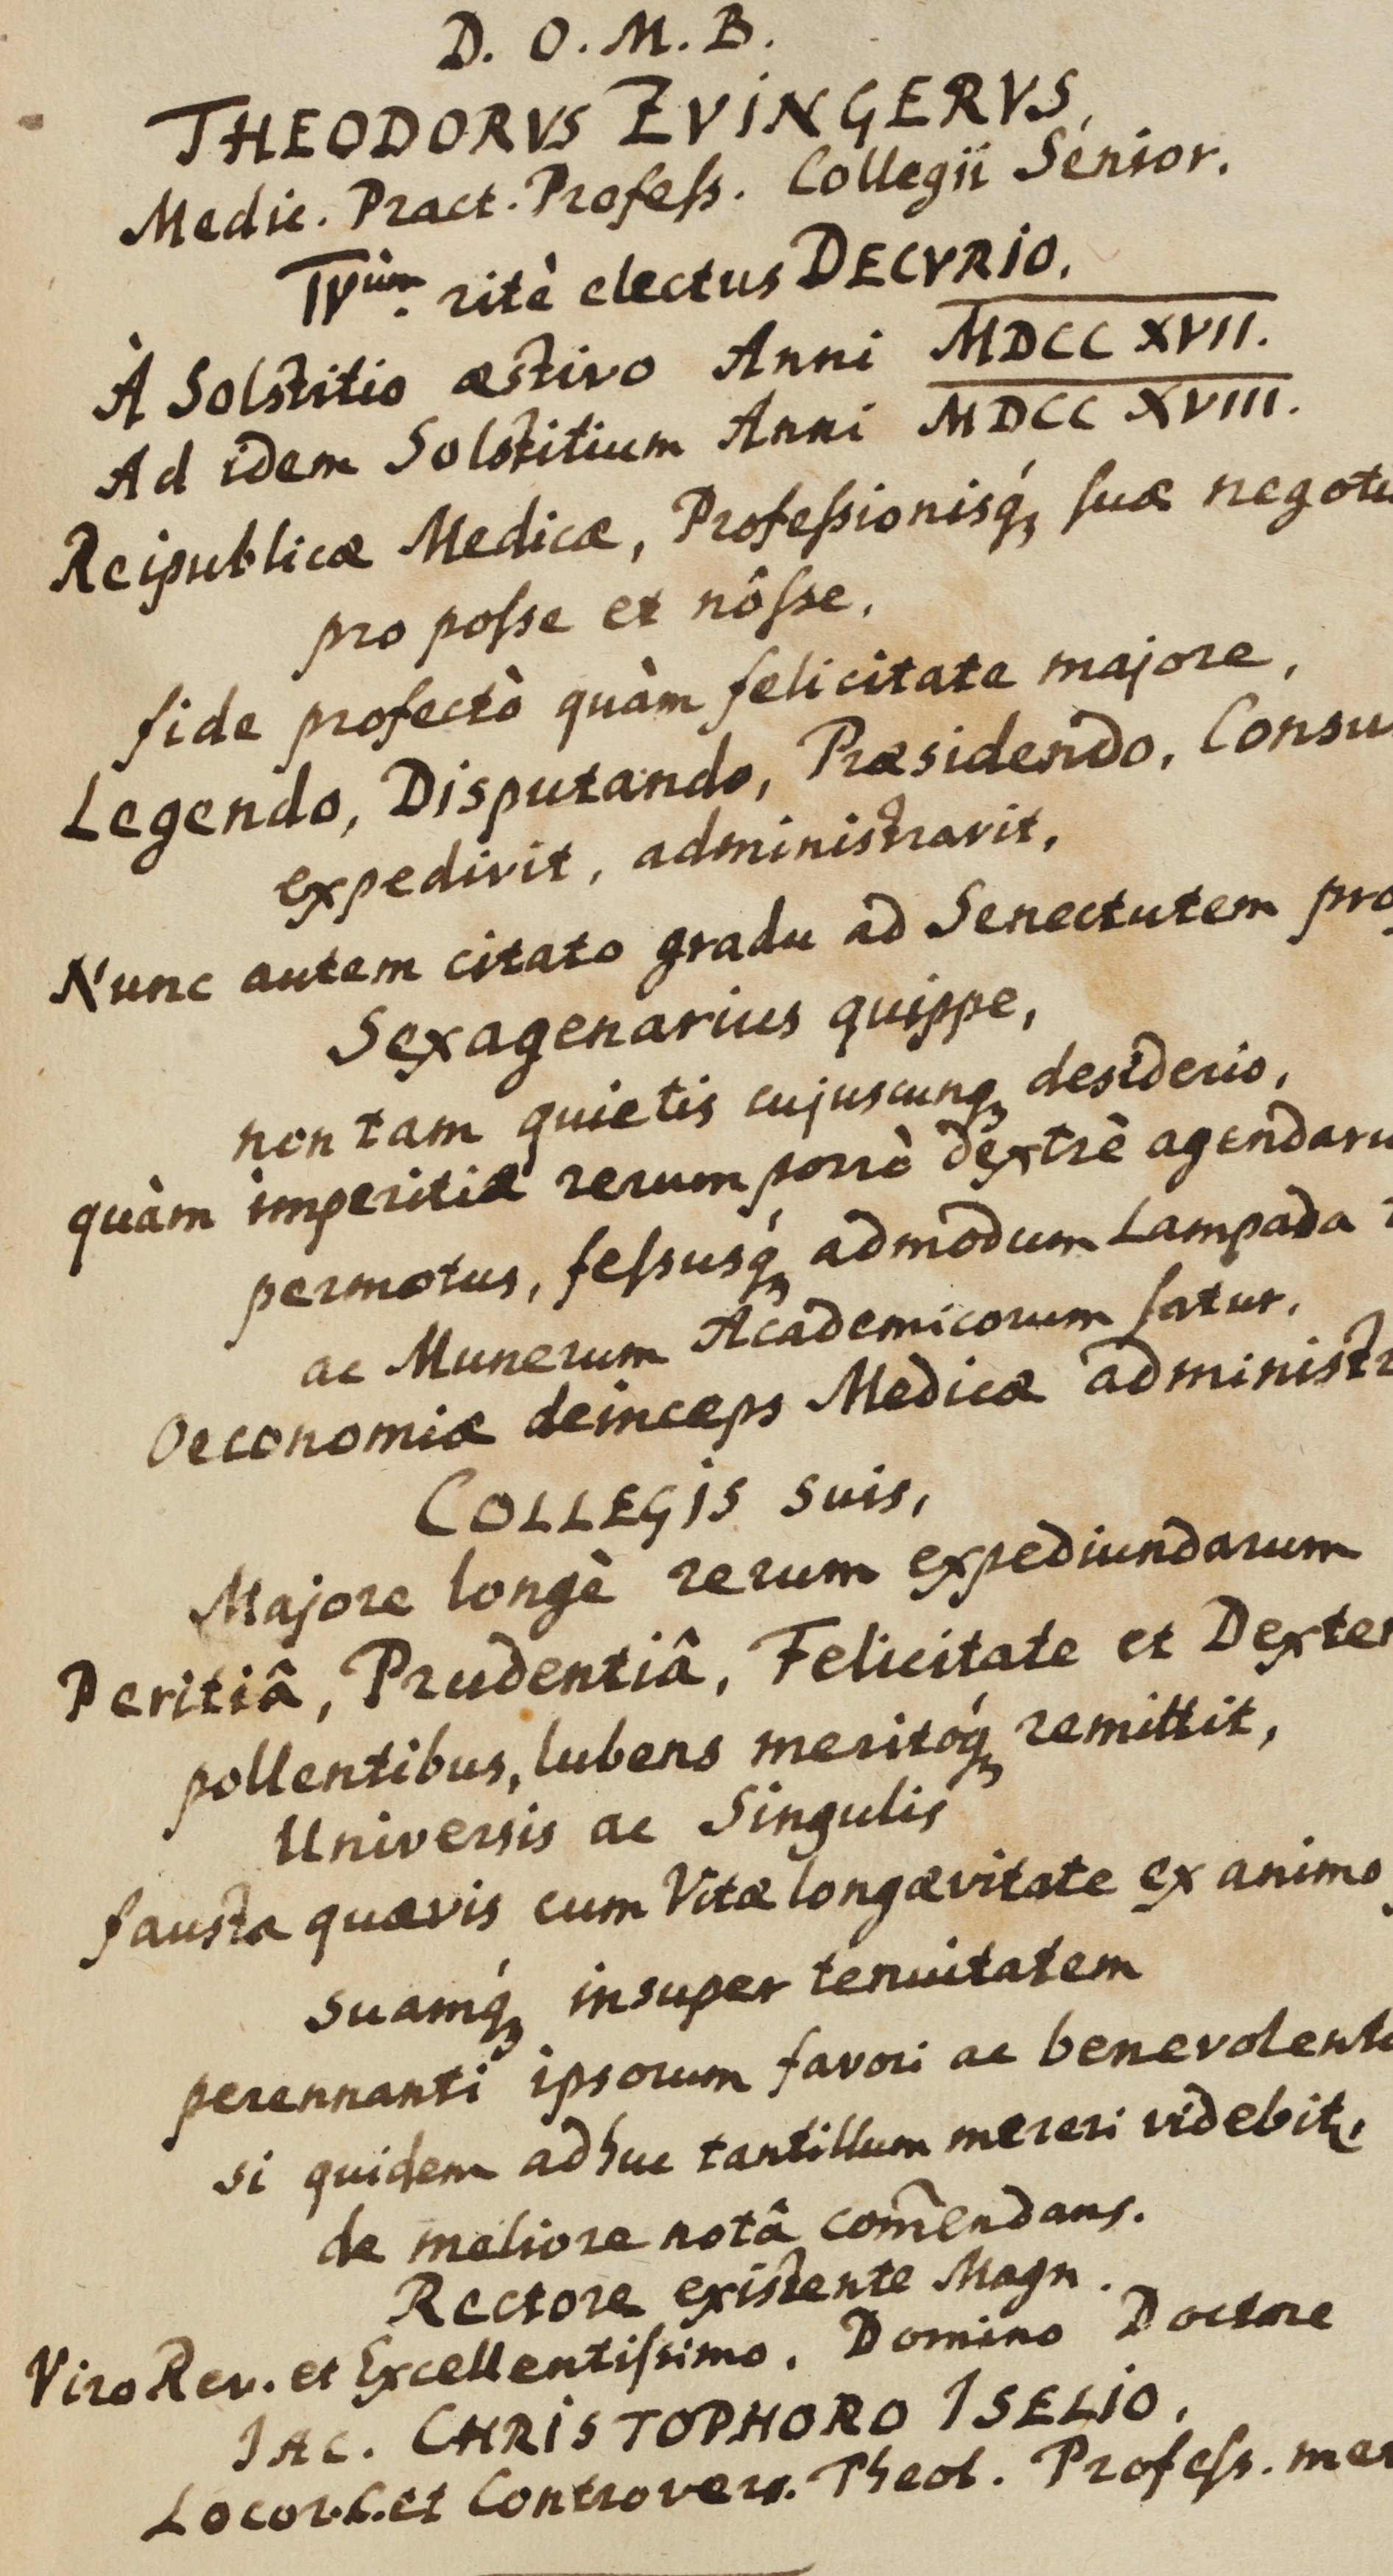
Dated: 1559–1800